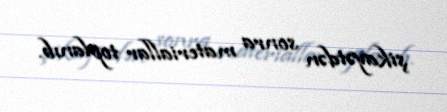
şikayətdən sonra materiallar toplanıb.